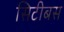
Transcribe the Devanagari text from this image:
सिटीबस